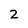
Character: 2